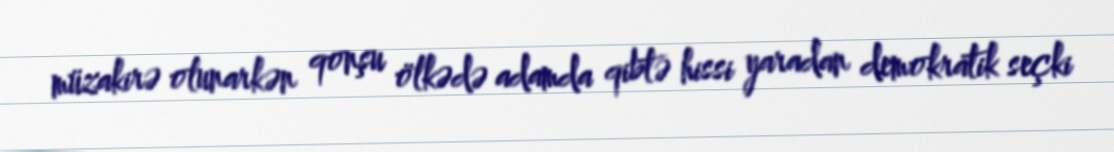
müzakirə olunarkən qonşu ölkədə adamda qibtə hissi yaradan demokratik seçki